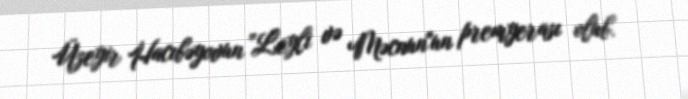
Üzeyir Hacıbəyovun "Leyli və Məcnun"un premyerası olub.